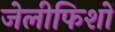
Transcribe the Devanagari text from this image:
जेलीफिशों